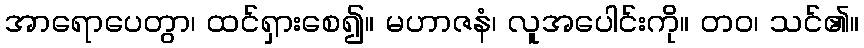
အာရောပေတွာ၊ ထင်ရှားစေ၍။ မဟာဇနံ၊ လူအပေါင်းကို။ တဝ၊ သင်၏။